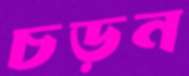
চড়ন